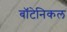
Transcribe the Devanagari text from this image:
बॉटेनिकल